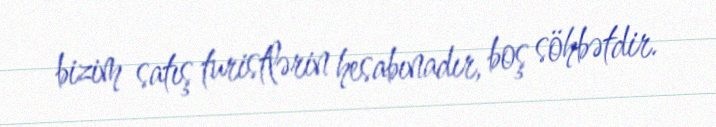
bizim satış turistlərin hesabınadır, boş söhbətdir.